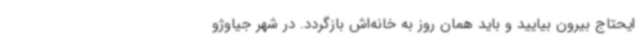
ایحتاج بیرون بیایید و باید همان روز به خانه‌اش بازگردد. در شهر جیاوژو